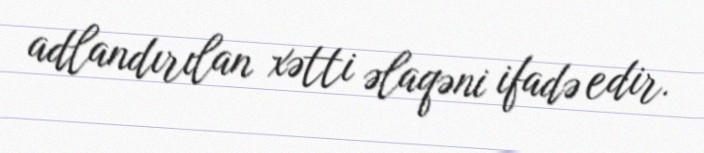
adlandırılan xətti əlaqəni ifadə edir.